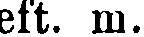
eft. m.